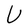
Character: U